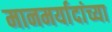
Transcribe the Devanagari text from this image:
मानमर्यादांच्या